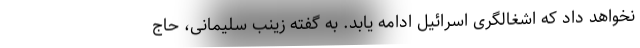
نخواهد داد که اشغالگری اسرائیل ادامه یابد. به گفته زینب سلیمانی، حاج